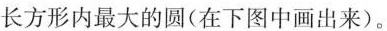
长方形内最大的圆(在下图中画出来)。